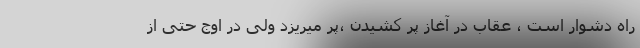
راه دشوار است ، عقاب در آغاز پر کشیدن ،پر میریزد ولی در اوج حتی از